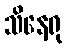
သိနေရု